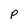
Character: p